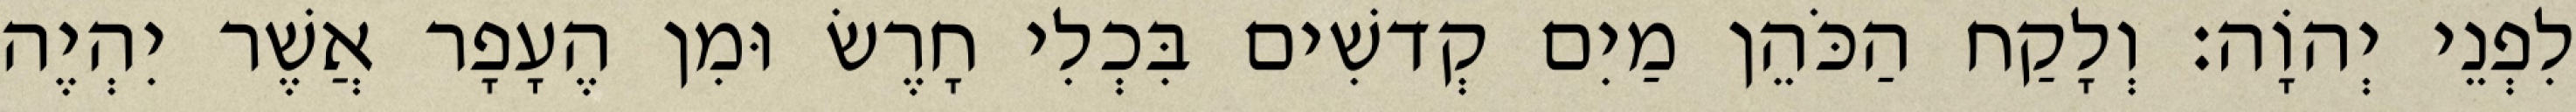
לִפְנֵי יְהוָֹה׃ וְלָקַח הַכֹּהֵן מַיִם קְדשִׁים בִּכְלִי חָרֶשׂ וּמִן הֶעָפָר אֲשֶׁר יִהְיֶה